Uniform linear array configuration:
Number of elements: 12
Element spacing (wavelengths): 0.25
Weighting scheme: blackman
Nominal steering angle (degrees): -15
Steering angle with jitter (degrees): -15.162
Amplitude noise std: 0.05
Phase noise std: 0.05

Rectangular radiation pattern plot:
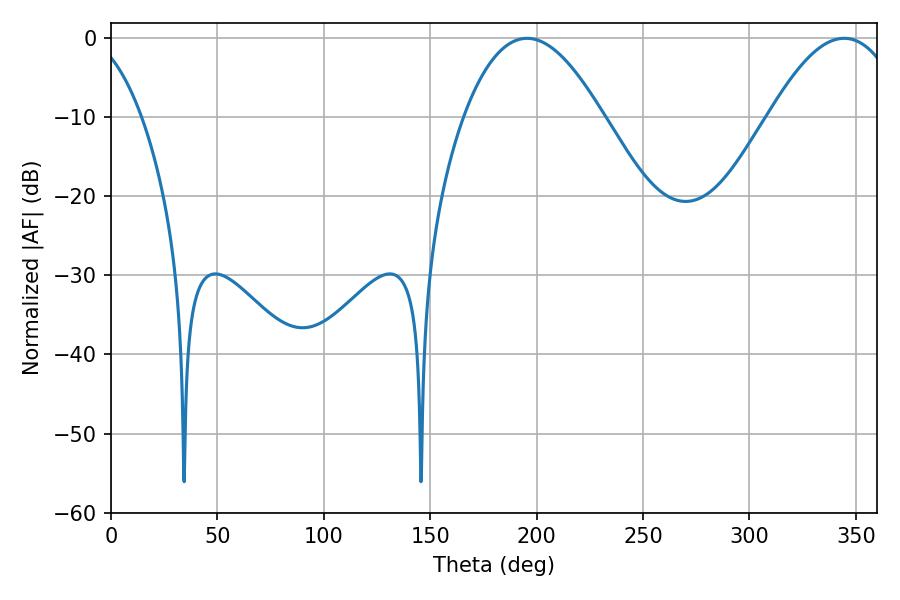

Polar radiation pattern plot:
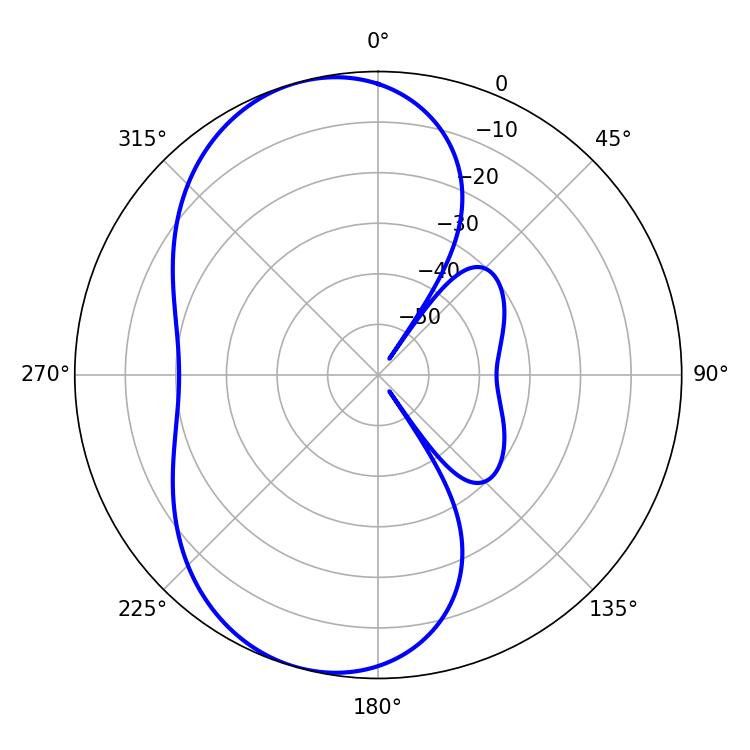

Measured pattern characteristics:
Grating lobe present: FALSE
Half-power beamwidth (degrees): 35.64
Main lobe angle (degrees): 195.48